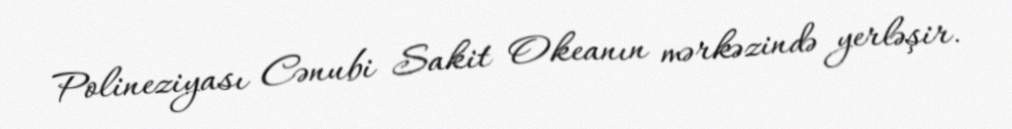
Polineziyası Cənubi Sakit Okeanın mərkəzində yerləşir.